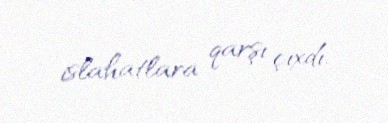
islahatlara qarşı çıxdı.